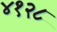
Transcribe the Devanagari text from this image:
४१२८